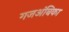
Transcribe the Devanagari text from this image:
गजअंबिका